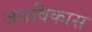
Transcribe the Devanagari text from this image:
जनविकास